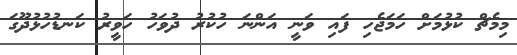
މިމެޗް ކުޅުމަށް ހަމަޖެހި ފައި ވަނީ އަންނަ ހުކުރު ދުވަހު ހަވީރު ކަނޑުހުޅުދޫގަ